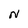
Character: N